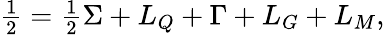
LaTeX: \textstyle\frac 12=\frac 12\Sigma+L_{Q}+\Gamma+L_{G}+L_{M},